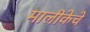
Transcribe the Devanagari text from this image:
मालीकेचे